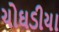
ચોઘડીયા